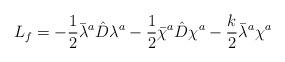
LaTeX: \begin{align*}L_f=-\frac{1}{2}\bar{\lambda}^a\hat{D}\lambda^a-\frac{1}{2}\bar{\chi}^a\hat{D}\chi^a-\frac{k}{2}\bar{\lambda}^a\chi^a\end{align*}